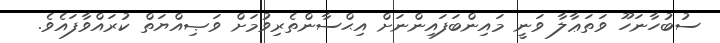
ސުބުހާނަހޫ ވަތަޢާލާ ވަނީ މައިންބަފައިންނަށް އިޙްސާންތެރިވުމަށް ވަޞިއްޔަތް ކުރައްވާފައެވެ.